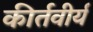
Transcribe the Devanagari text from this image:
कीर्तवीर्य